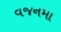
વજનમા